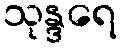
သုန္ဒရေ